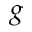
g